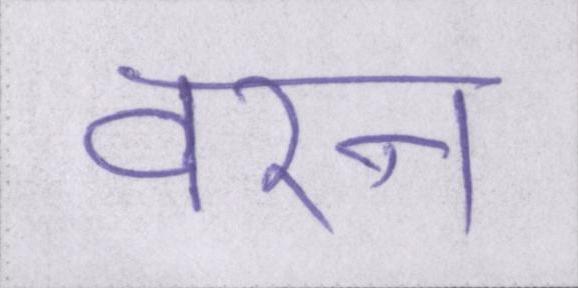
वरन